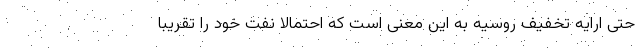
حتی ارایه تخفیف روسیه به این معنی است که احتمالا نفت خود را تقریبا